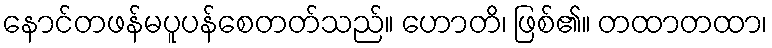
နောင်တဖန်မပူပန်စေတတ်သည်။ ဟောတိ၊ ဖြစ်၏။ တထာတထာ၊